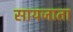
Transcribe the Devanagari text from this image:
सायजाता